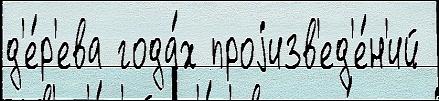
д'е́р'ева года́х проjизв'ед'е́н'ий